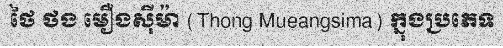
ថៃ ថង មឿងស៊ីម៉ា (Thong Mueangsima) ក្នុងប្រភេទ